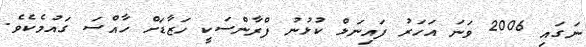
ނަގައި 2006 ވަނަ އަހަރު ފައިނަލް ކުޅުނު ފްރާންސަކީ ހަޒާޑަށް ހާއްސަ ގައުމެކެވެ.